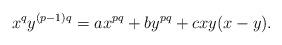
LaTeX: \begin{align*}x^q y^{(p-1)q} = a x^{pq} + b y^{pq} + cxy(x-y).\end{align*}